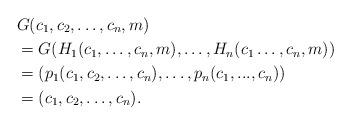
LaTeX: \begin{align*} &G(c_1,c_2,\dots,c_n,m)\\&=G(H_1(c_1,\dots,c_n,m),\dots,H_n(c_1\dots,c_n,m))\\&=(p_1(c_1,c_2,\dots, c_n),\dots,p_n(c_1,...,c_n))\\&=(c_1,c_2,\dots,c_n).\end{align*}